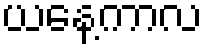
ယနေ့ကာလ